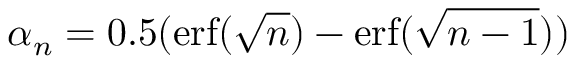
\alpha _ { n } = 0 . 5 ( \mathrm { e r f } ( \sqrt { n } ) - \mathrm { e r f } ( \sqrt { n - 1 } ) )